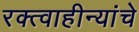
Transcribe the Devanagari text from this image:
रक्त्वाहीन्यांचे